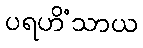
ပရဟိံသာယ